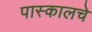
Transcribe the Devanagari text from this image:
पास्कालचे